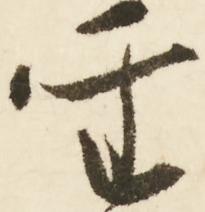
聖